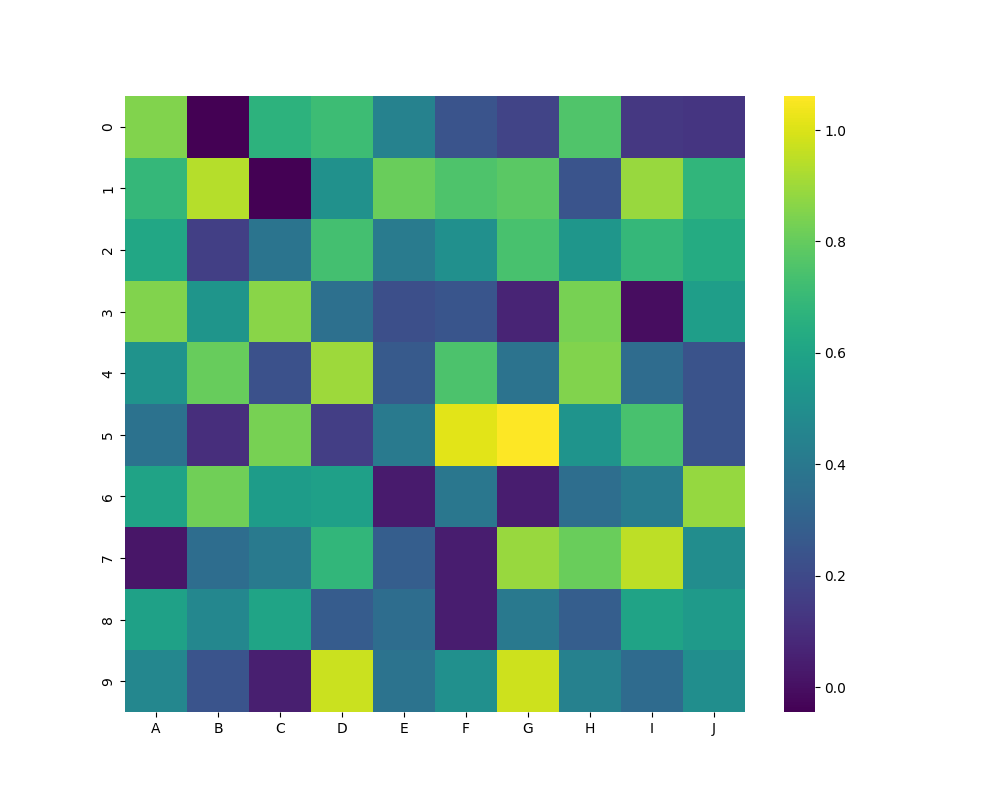
python, seaborn, heatmap, cmap='viridis', linewidths=0.0, center=none